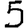
Digit: 5